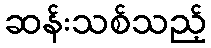
ဆန်းသစ်သည့်